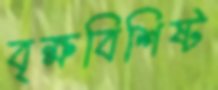
বৃক্ষবিশিষ্ট